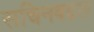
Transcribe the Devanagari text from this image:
सचिनबद्दल